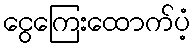
ငွေကြေးထောက်ပံ့